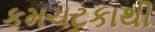
કમચટકાથી